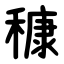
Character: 穅